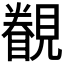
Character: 𲁏